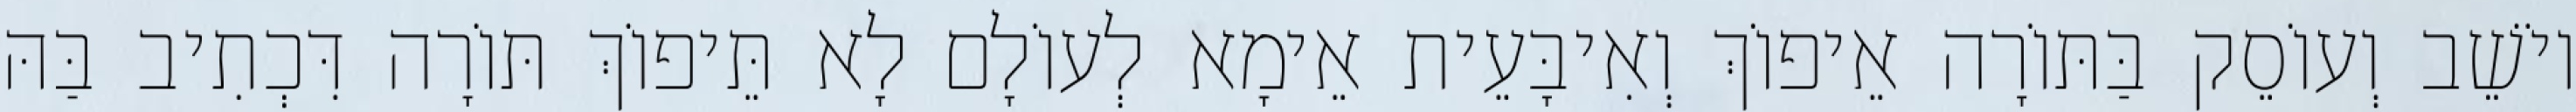
יוֹשֵׁב וְעוֹסֵק בַּתּוֹרָה אֵיפוֹךְ וְאִיבָּעֵית אֵימָא לְעוֹלָם לָא תֵּיפוֹךְ תּוֹרָה דִּכְתִיב בַּהּ